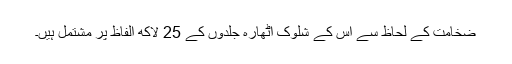
ضخامت کے لحاظ سے اس کے شلوک اٹھارہ جلدوں کے 25 لاکھ الفاظ پر مشتمل ہیں۔